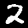
Label: 2